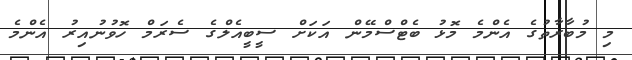
މި މުބާރާތުގެ އެންމެ މޮޅު ބެޓްސްމޭން އަކަށް ސީބީއެލްގެ ސެރަމް ހޮވުނުއިރު އެންމެ